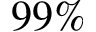
9 9 \%